Scientific memoirs by medical officers of the Army of India - Part III,
Year: 1887
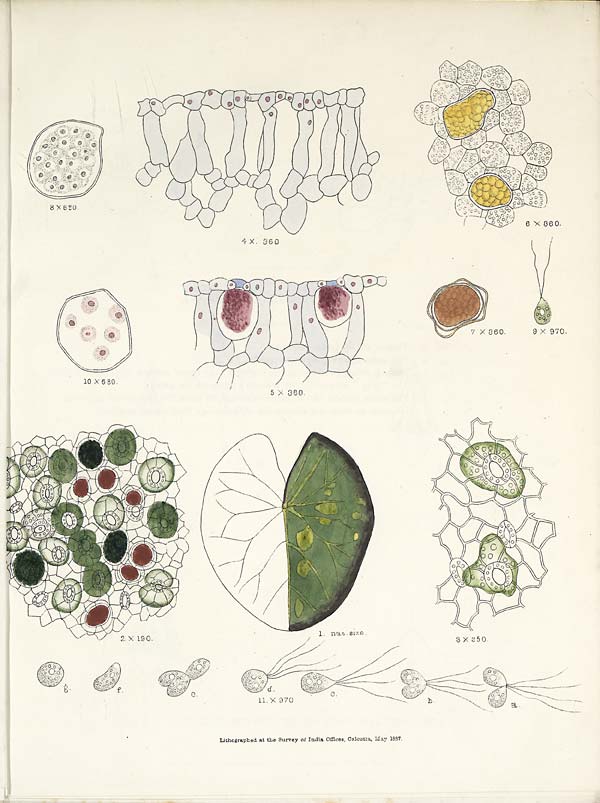
Lithograpbed at the Survey of India Offices, Calcutta, May 1887.